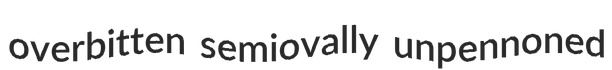
overbitten semiovally unpennoned